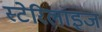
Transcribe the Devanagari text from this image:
स्टेरिलाइज